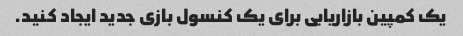
یک کمپین بازاریابی برای یک کنسول بازی جدید ایجاد کنید.